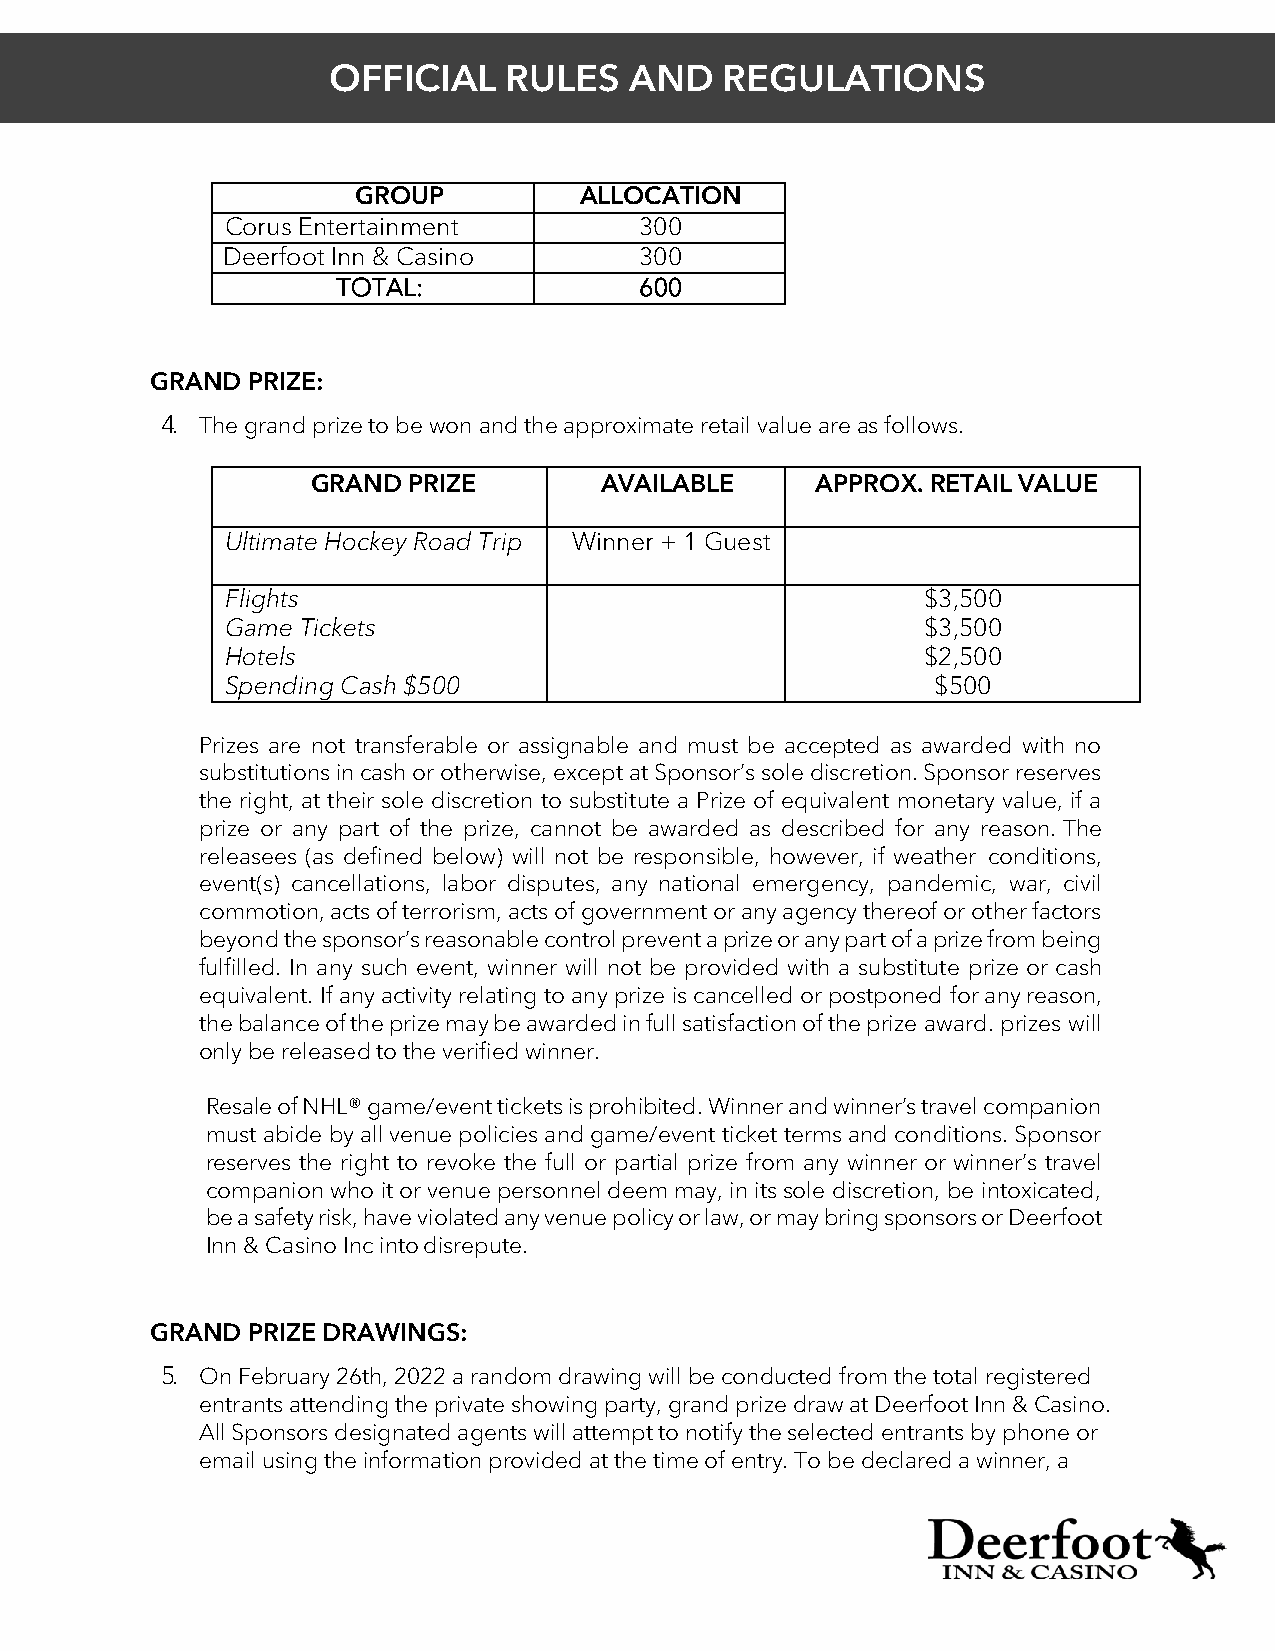
OFFICIAL   RULES    AND   REGULATIONS
 GROUP          ALLOCATION
 Corus Entertainment        300
 Deerfoot Inn & Casino      300
 TOTAL:              600
 GRAND PRIZE:
 4. The grand prize to be won and the approximate retail value are as follows.
 GRAND PRIZE        AVAILABLE     APPROX. RETAIL VALUE
 Ultimate Hockey Road Trip Winner + 1 Guest
 Flights                                       $3,500
 Game Tickets                                  $3,500
 Hotels                                        $2,500
 Spending Cash $500                             $500
 Prizes are not transferable or assignable and must be accepted as awarded with no
 substitutions in cash or otherwise, except at Sponsor’s sole discretion. Sponsor reserves
 the right, at their sole discretion to substitute a Prize of equivalent monetary value, if a
 prize or any part of the prize, cannot be awarded as described for any reason. The
 releasees (as defined below) will not be responsible, however, if weather conditions,
 event(s) cancellations, labor disputes, any national emergency, pandemic, war, civil
 commotion, acts of terrorism, acts of government or any agency thereof or other factors
 beyond the sponsor’s reasonable control prevent a prize or any part of a prize from being
 fulfilled. In any such event, winner will not be provided with a substitute prize or cash
 equivalent. If any activity relating to any prize is cancelled or postponed for any reason,
 the balance of the prize may be awarded in full satisfaction of the prize award. prizes will
 only be released to the verified winner.
 Resale of NHL® game/event tickets is prohibited. Winner and winner’s travel companion
 must abide by all venue policies and game/event ticket terms and conditions. Sponsor
 reserves the right to revoke the full or partial prize from any winner or winner’s travel
 companion who it or venue personnel deem may, in its sole discretion, be intoxicated,
 be a safety risk, have violated any venue policy or law, or may bring sponsors or Deerfoot
 Inn & Casino Inc into disrepute.
 GRAND PRIZE DRAWINGS:
 5. On February 26th, 2022 a random drawing will be conducted from the total registered
 entrants attending the private showing party, grand prize draw at Deerfoot Inn & Casino.
 All Sponsors designated agents will attempt to notify the selected entrants by phone or
 email using the information provided at the time of entry. To be declared a winner, a